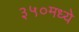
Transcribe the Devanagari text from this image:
३५०मध्ये